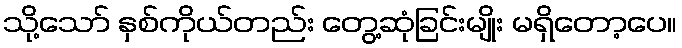
သို့သော် နှစ်ကိုယ်တည်း တွေ့ဆုံခြင်းမျိုး မရှိတော့ပေ။